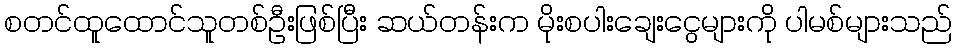
စတင်ထူထောင်သူတစ်ဦးဖြစ်ပြီး ဆယ်တန်းက မိုးစပါးချေးငွေများကို ပါမစ်များသည်